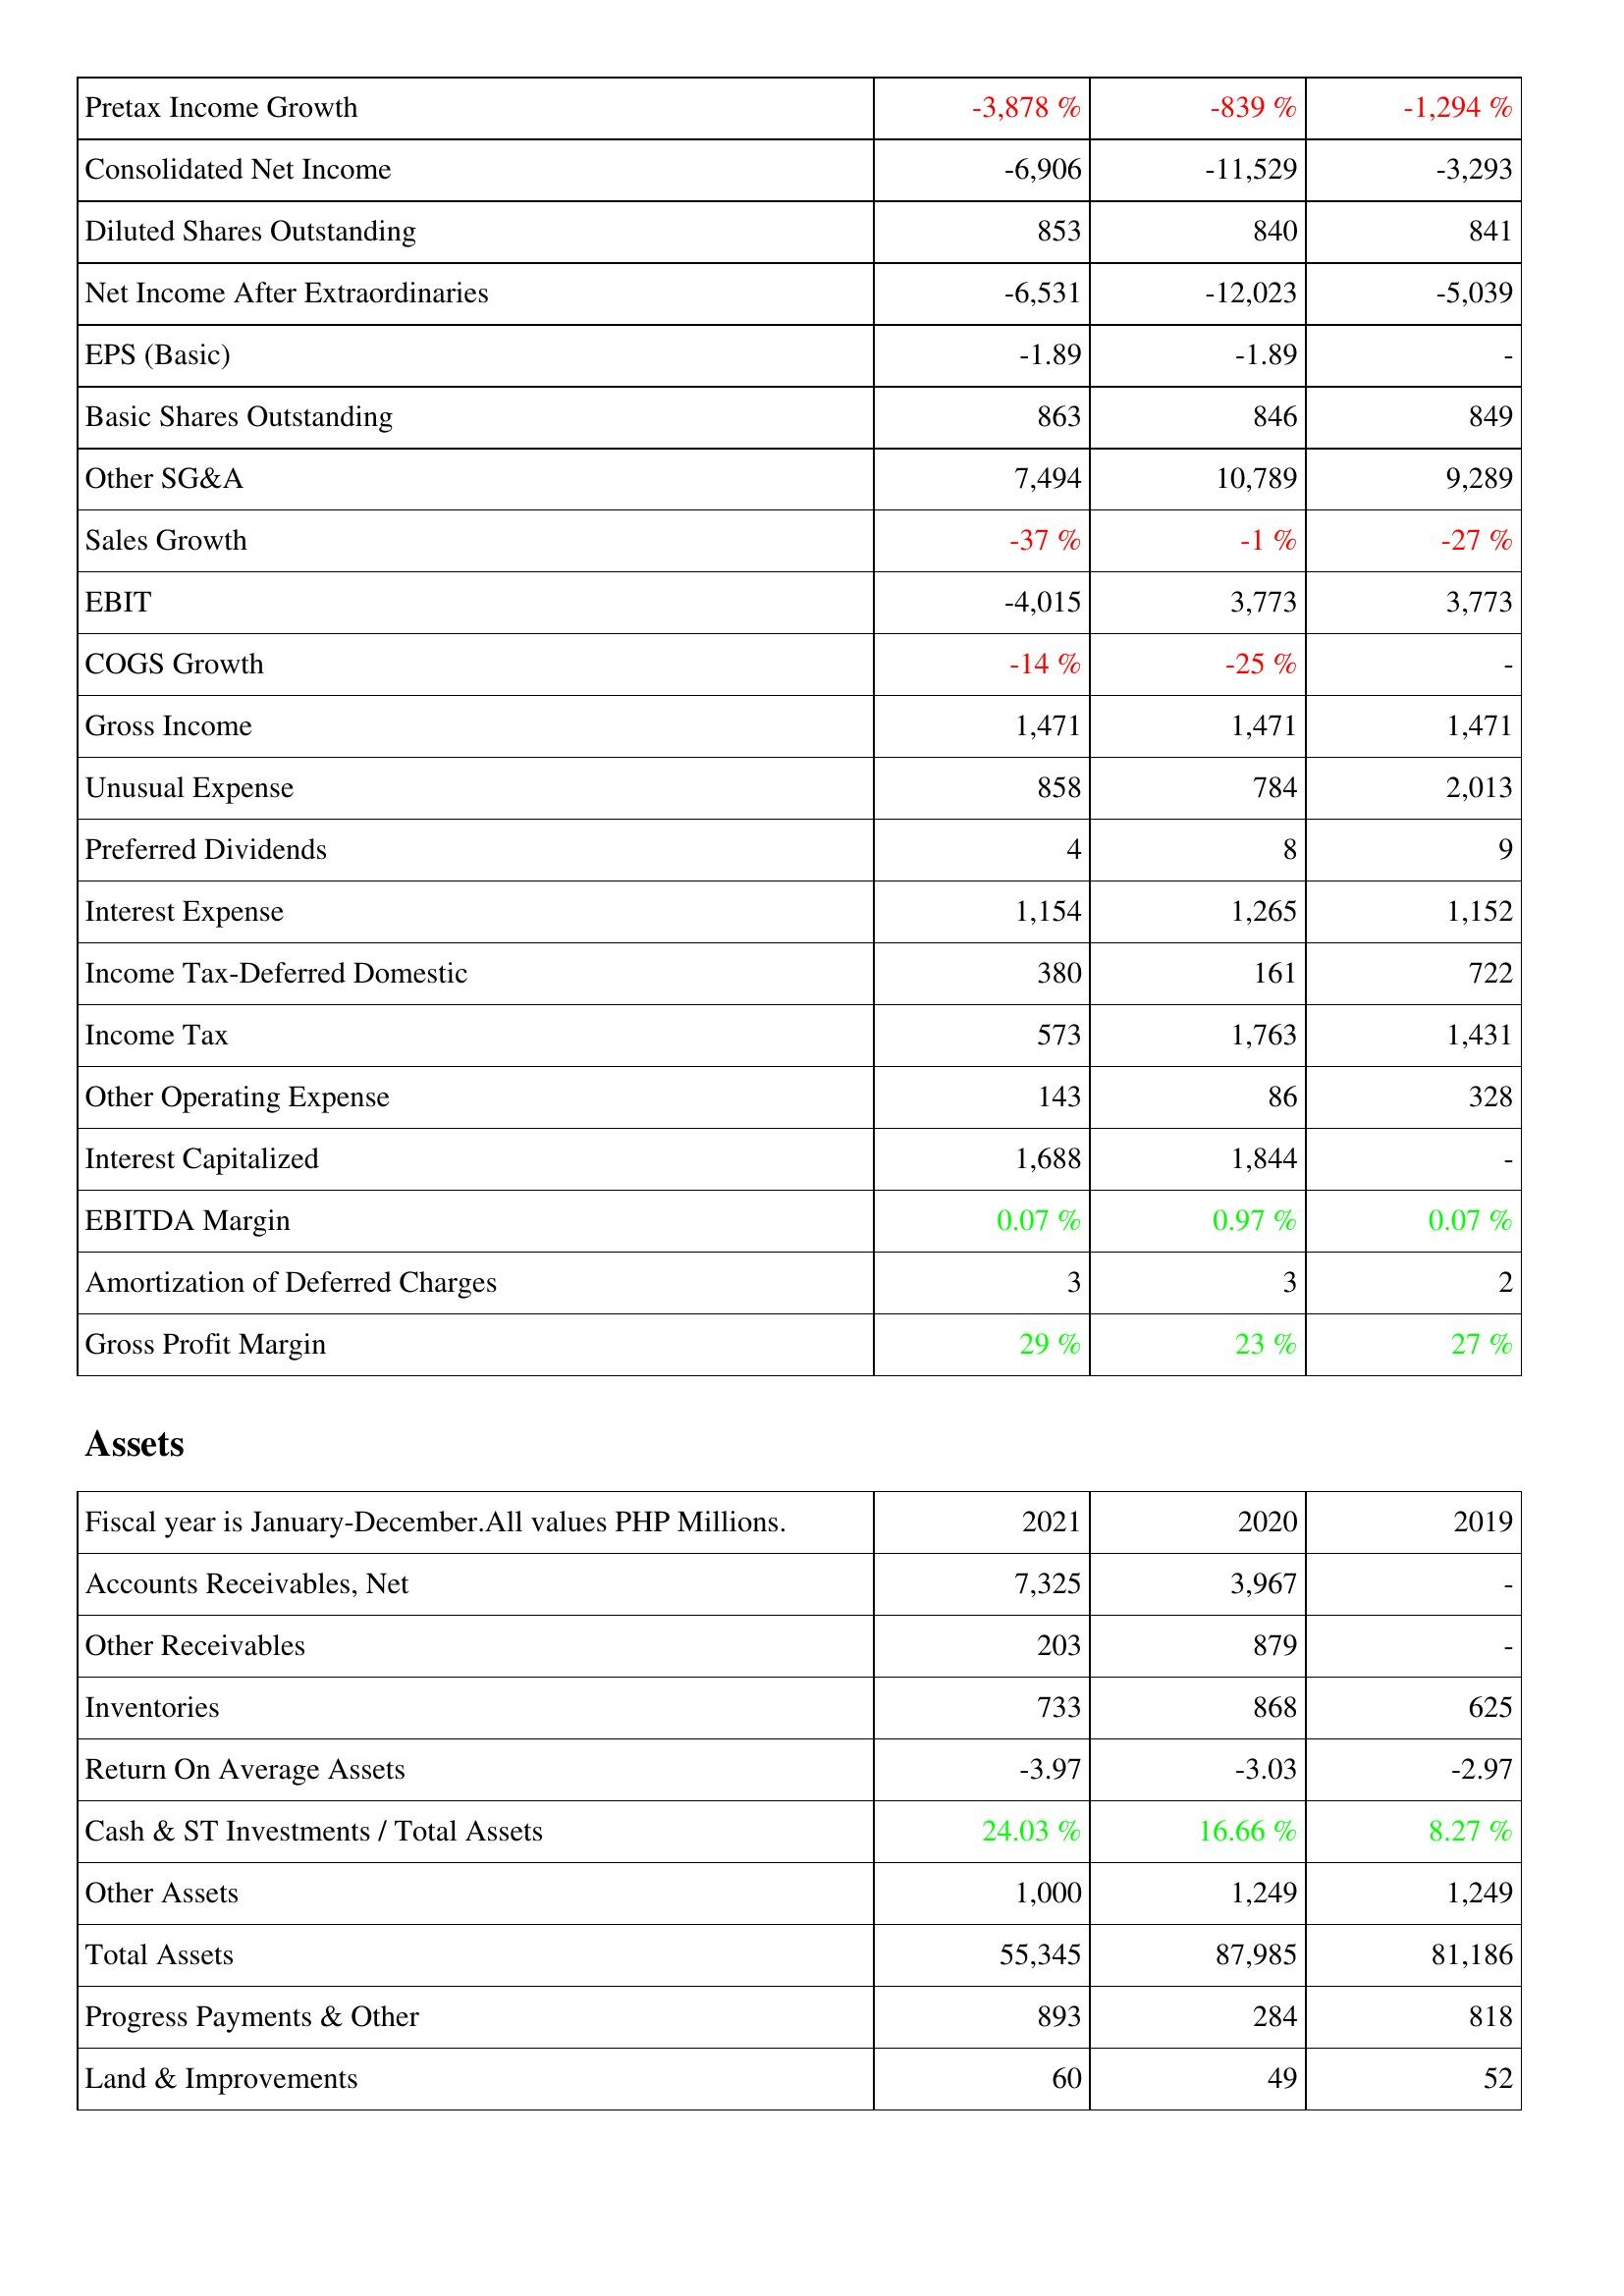
2021: Income Statement: Pretax Income Growth: -3,878 %
Consolidated Net Income: -6,906
Diluted Shares Outstanding: 853
Net Income After Extraordinaries: -6,531
EPS (Basic): -1.89
Basic Shares Outstanding: 863
Other SG&A: 7,494
Sales Growth: -37 %
EBIT: -4,015
COGS Growth: -14 %
Gross Income: 1,471
Unusual Expense: 858
Preferred Dividends: 4
Interest Expense: 1,154
Income Tax-Deferred Domestic: 380
Income Tax: 573
Other Operating Expense: 143
Interest Capitalized: 1,688
EBITDA Margin: 0.07 %
Amortization of Deferred Charges: 3
Gross Profit Margin: 29 %
Assets: Accounts Receivables, Net: 7,325
Other Receivables: 203
Inventories: 733
Return On Average Assets: -3.97
Cash & ST Investments / Total Assets: 24.03 %
Other Assets: 1,000
Total Assets: 55,345
Progress Payments & Other: 893
Land & Improvements: 60
2020: Income Statement: Pretax Income Growth: -839 %
Consolidated Net Income: -11,529
Diluted Shares Outstanding: 840
Net Income After Extraordinaries: -12,023
EPS (Basic): -1.89
Basic Shares Outstanding: 846
Other SG&A: 10,789
Sales Growth: -1 %
EBIT: 3,773
COGS Growth: -25 %
Gross Income: 1,471
Unusual Expense: 784
Preferred Dividends: 8
Interest Expense: 1,265
Income Tax-Deferred Domestic: 161
Income Tax: 1,763
Other Operating Expense: 86
Interest Capitalized: 1,844
EBITDA Margin: 0.97 %
Amortization of Deferred Charges: 3
Gross Profit Margin: 23 %
Assets: Accounts Receivables, Net: 3,967
Other Receivables: 879
Inventories: 868
Return On Average Assets: -3.03
Cash & ST Investments / Total Assets: 16.66 %
Other Assets: 1,249
Total Assets: 87,985
Progress Payments & Other: 284
Land & Improvements: 49
2019: Income Statement: Pretax Income Growth: -1,294 %
Consolidated Net Income: -3,293
Diluted Shares Outstanding: 841
Net Income After Extraordinaries: -5,039
EPS (Basic): -
Basic Shares Outstanding: 849
Other SG&A: 9,289
Sales Growth: -27 %
EBIT: 3,773
COGS Growth: -
Gross Income: 1,471
Unusual Expense: 2,013
Preferred Dividends: 9
Interest Expense: 1,152
Income Tax-Deferred Domestic: 722
Income Tax: 1,431
Other Operating Expense: 328
Interest Capitalized: -
EBITDA Margin: 0.07 %
Amortization of Deferred Charges: 2
Gross Profit Margin: 27 %
Assets: Accounts Receivables, Net: -
Other Receivables: -
Inventories: 625
Return On Average Assets: -2.97
Cash & ST Investments / Total Assets: 8.27 %
Other Assets: 1,249
Total Assets: 81,186
Progress Payments & Other: 818
Land & Improvements: 52